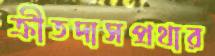
ক্রীতদাসপ্রথার